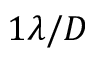
1 \lambda / D